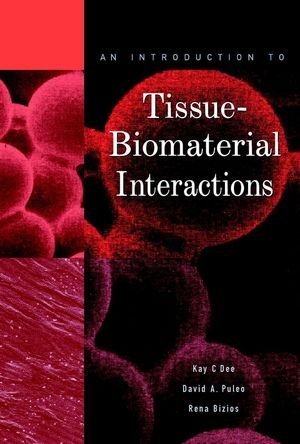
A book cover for An Introduction to Tissue-Biomaterial Interactions; Kay C. Dee; Medical Books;